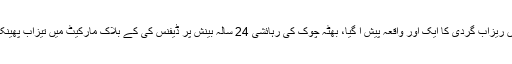
لاہور میں ریزاب گردی کا ایک اور واقعہ پیش آ گیا، بھٹہ چوک کی رہائشی 24 سالہ بینش پر ڈیفنس کی کے بلاک مارکیٹ میں تیزاب پھینک دیا گیا۔